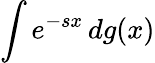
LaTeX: \int e^{-sx}\, dg(x)